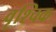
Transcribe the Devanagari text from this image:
वृश्‍चिक